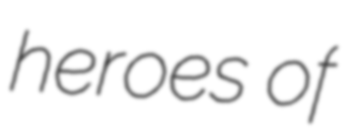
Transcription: heroes of